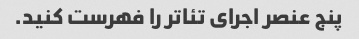
پنج عنصر اجرای تئاتر را فهرست کنید.